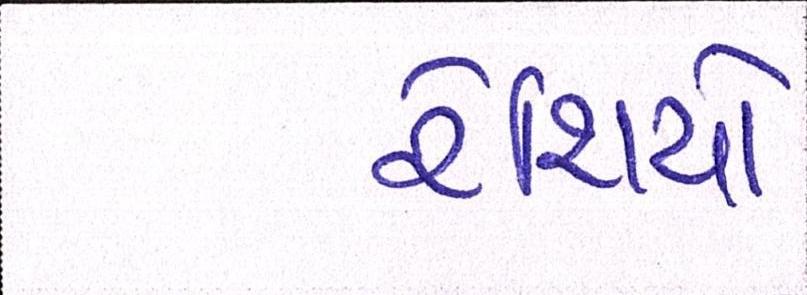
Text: રેશિયો